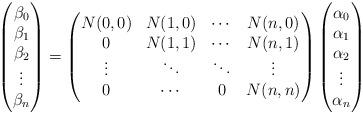
LaTeX: \begin{align*}\begin{pmatrix}\beta_{0}\\\beta_{1}\\\beta_{2}\\\vdots\\\beta_{n}\end{pmatrix}&=\begin{pmatrix}N(0,0)&N(1,0)&\cdots&N(n,0)\\0&N(1,1)&\cdots&N(n,1)\\\vdots&\ddots&\ddots&\vdots\\0&\cdots&0&N(n,n)\end{pmatrix}\begin{pmatrix}\alpha_{0}\\\alpha_{1}\\\alpha_{2}\\\vdots\\\alpha_{n}\end{pmatrix}\end{align*}